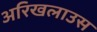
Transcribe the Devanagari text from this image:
अरिखलाउस